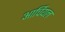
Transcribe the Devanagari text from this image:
आर्चियल